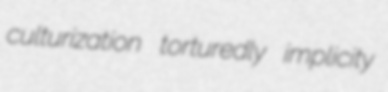
culturization torturedly implicity